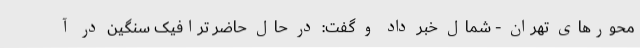
محورهای تهران - شمال خبر داد و گفت: در حال حاضر ترافیک سنگین در آ